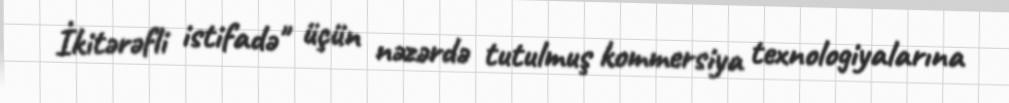
İkitərəfli istifadə" üçün nəzərdə tutulmuş kommersiya texnologiyalarına